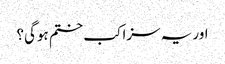
اور یہ سزا کب ختم ہوگی؟